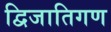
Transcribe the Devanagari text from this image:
द्विजातिगण